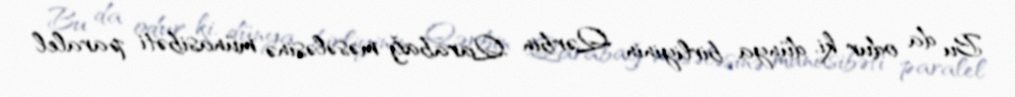
Bu da odur ki, dünya birliyinin, Qərbin Qarabağ məsələsinə münasibəti paralel